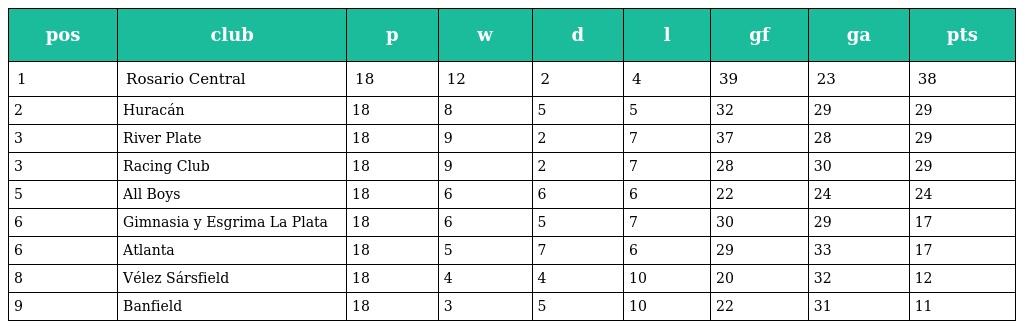
| pos | club | p | w | d | l | gf | ga | pts |
 | --- | --- | --- | --- | --- | --- | --- | --- | --- |
 | 1 | Rosario Central | 18 | 12 | 2 | 4 | 39 | 23 | 38 |
 | 2 | Huracán | 18 | 8 | 5 | 5 | 32 | 29 | 29 |
 | 3 | River Plate | 18 | 9 | 2 | 7 | 37 | 28 | 29 |
 | 3 | Racing Club | 18 | 9 | 2 | 7 | 28 | 30 | 29 |
 | 5 | All Boys | 18 | 6 | 6 | 6 | 22 | 24 | 24 |
 | 6 | Gimnasia y Esgrima La Plata | 18 | 6 | 5 | 7 | 30 | 29 | 17 |
 | 6 | Atlanta | 18 | 5 | 7 | 6 | 29 | 33 | 17 |
 | 8 | Vélez Sársfield | 18 | 4 | 4 | 10 | 20 | 32 | 12 |
 | 9 | Banfield | 18 | 3 | 5 | 10 | 22 | 31 | 11 |